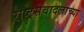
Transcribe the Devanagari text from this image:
राष्ट्रसेवादलाच्या